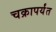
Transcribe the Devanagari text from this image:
चक्रापर्यंत